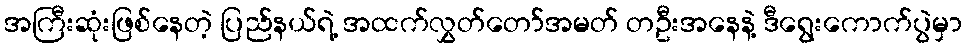
အကြီးဆုံးဖြစ်နေတဲ့ ပြည်နယ်ရဲ့ အထက်လွှတ်တော်အမတ် တဦးအနေနဲ့ ဒီရွေးကောက်ပွဲမှာ